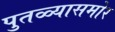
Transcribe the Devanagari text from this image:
पुतळ्यासमोर